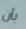
بأن